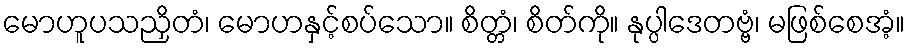
မောဟူပသညှိတံ၊ မောဟနှင့်စပ်သော။ စိတ္တံ၊ စိတ်ကို။ နုပ္ပါဒေတဗ္ဗံ၊ မဖြစ်စေအံ့။